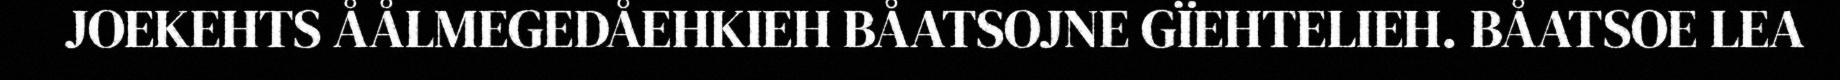
JOEKEHTS ÅÅLMEGEDÅEHKIEH BÅATSOJNE GÏEHTELIEH. BÅATSOE LEA